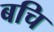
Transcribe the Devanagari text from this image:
बचि